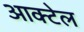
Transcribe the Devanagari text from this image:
आक्टेल